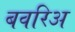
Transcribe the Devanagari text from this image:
बवरिअ